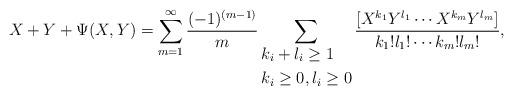
LaTeX: \begin{align*}X+Y+\Psi(X,Y) = \sum_{m=1}^\infty {(-1)^{(m-1)}\over m}\sum_{\vbox{\hbox{$k_i+l_i\geq 1$}\hbox{$k_i\geq 0, l_i\geq 0$}}}{[X^{k_1} Y^{l_1} \cdots X^{k_m} Y^{l_m}]\over k_1! l_1! \cdots k_m! l_m!} ,\end{align*}